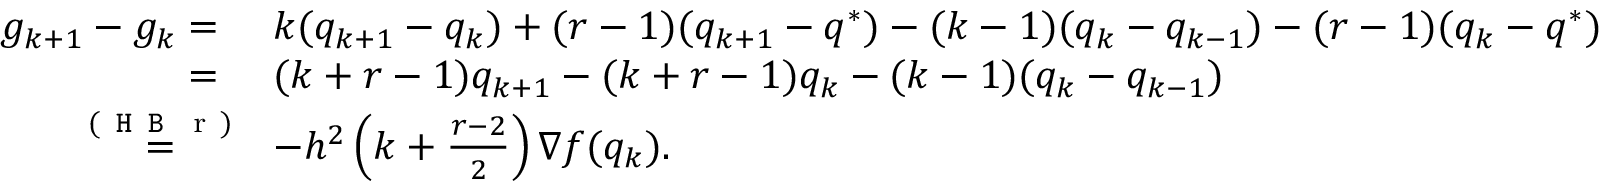
\begin{array} { r l } { g _ { k + 1 } - g _ { k } = \ } & { k ( q _ { k + 1 } - q _ { k } ) + ( r - 1 ) ( q _ { k + 1 } - q ^ { * } ) - ( k - 1 ) ( q _ { k } - q _ { k - 1 } ) - ( r - 1 ) ( q _ { k } - q ^ { * } ) } \\ { = \ } & { ( k + r - 1 ) q _ { k + 1 } - ( k + r - 1 ) q _ { k } - ( k - 1 ) ( q _ { k } - q _ { k - 1 } ) } \\ { \overset { \mathrm { ( \texttt { H B } ~ r ~ ) } } { = } } & { - h ^ { 2 } \left( k + \frac { r - 2 } { 2 } \right) \nabla f ( q _ { k } ) . } \end{array}